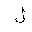
Letter: _lam